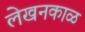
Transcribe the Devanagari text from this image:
लेखनकाळ